Report of the Municipal Commissioner on the plague in Bombay for the year ending 31st May... - Volume 1
Disease focus: Plague
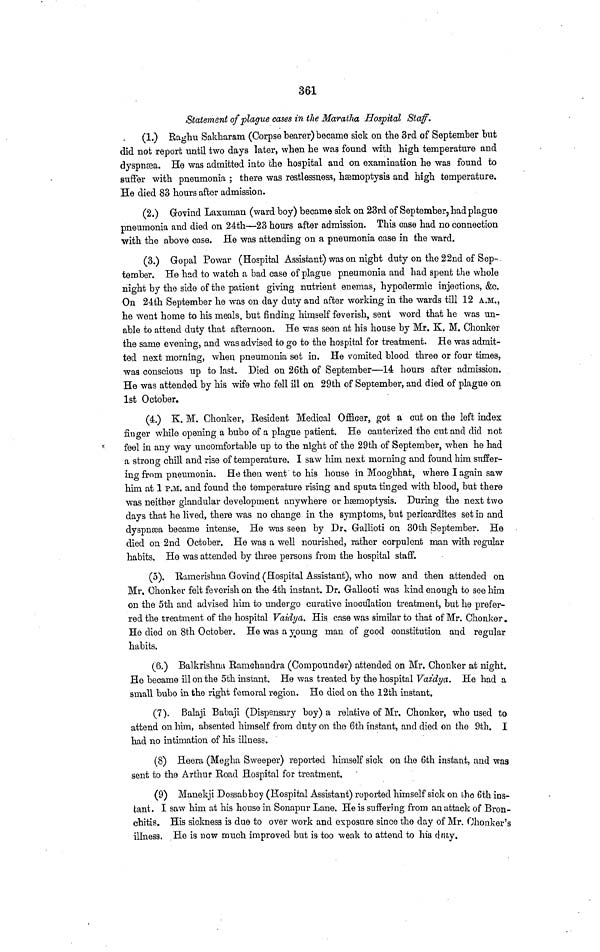
361
Statement of plague cases in the Maratha Hospital Staff.
(1.) Raghu Sakharam (Corpse bearer) became sick on the 3rd of September but
did not report until two days later, when he was found with high temperature and
dyspnsea. He was admitted into the hospital and on examination he was found to
suffer with pneumonia ; there was restlessness, haemoptysis and high temperature.
He died 83 hours after admission.
(2.) Govind Laxuman (ward boy) became sick on 23rd of September, had plague
pneumonia and died on 24th—23 hours after admission. This case had no connection
with the above case. He was attending on a pneumonia case in the ward.
(3.) Gopal Powar (Hospital Assistant) was on night duty on the 2 2nd of Sep-
tember. He had to watch a bad case of plague pneumonia and had spent the whole
night by the side of the patient giving nutrient enemas, hypodermic injections, &c.
On 24th September he was on day duty and after working in the wards till 12 A.M.,
he went home to his meals, but finding himself feverish, sent word that he was un-
able to attend duty that afternoon. He was seen at his house by Mr. K. M. Chonker
the same evening, and was advised to go to the hospital for treatment. He was admit-
ted next morning, when pneumonia set in. He vomited blood three or four times,
was conscious up to last. Died on 26th of September—14 hours after admission.
He was attended by his wife who fell ill on 29th of September, and died of plague on
1st October.
(4.) K. M. Chonker, Resident Medical Officer, got a cut on the left index
finger while opening a bubo of a plague patient. He cauterized the cut and did not
feel in any way uncomfortable up to the night of the 29th of September, when he had
a strong chill and rise of temperature. I saw him next morning and found him suffer-
ing from pneumonia. He then went to his house in Moogbhat, where I again saw
him at 1 P.M. and found the temperature rising and sputa tinged with blood, but there
was neither glandular development anywhere or haemoptysis. During the next two
days that he lived, there was no change in the symptoms, but pericardites set in and
dyspnsea became intense. He was seen by Dr, Gallioti on 30th September. He
died on 2nd October. He was a well nourished, rather corpulent man with regular
habits. He was attended by three persons from the hospital staff.
(5). Ramcristma Govind (Hospital Assistant), who now and then attended on
Mr. Chonkeu felt feverish on the 4th instant. Dr. Galleoti was kind enough to see him
on the 5th and advised him to undergo curative inoculation treatment, but he prefer-
red the treatment of the hospital Vaidya. His case was similar to that of Mr. Chonker.
He died on 8th October. He was a yjoung man of good constitution and regular
habits.
(6.) Balkrishna Bamchaudra (Compounder) attended on Mr. Chonker at night.
He became ill on the 5th instant. He was treated by the hospital Vaidya. He had a
small bubo in the right femoral region. He died on the 12th instant.
(7). Balaji Babaji (Dispensary boy) a relative of Mr. Chonker, who used to
attend on him, absented himself from duty on the 6th instant, and died on the 9th. I
had no intimation of his illness.
(8) Heera (Megha Sweeper) reported himself sick on the 6th instant, and was
sent to the Arthur Road Hospital for treatment.
(9) Manekji Dossabboy (Hospital Assistant) reported himself sick on the 6th ins-
tant. I saw him at his house in Sonapur Lane. He is suffering from an attack of Bron-
chitis. His sickness is due to over work and exposure since the clay of Mr. Ohonker's
illness. Ho is now much improved but is too weak to attend to hia dnty.